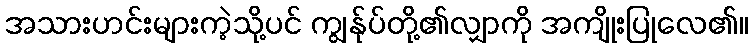
အသားဟင်းများကဲ့သို့ပင် ကျွန်ုပ်တို့၏လျှာကို အကျိုးပြုလေ၏။